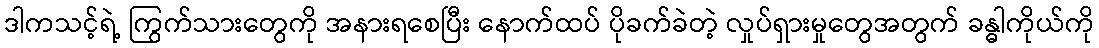
ဒါကသင့်ရဲ့ ကြွက်သားတွေကို အနားရစေပြီး နောက်ထပ် ပိုခက်ခဲတဲ့ လှုပ်ရှားမှုတွေအတွက် ခန္ဓါကိုယ်ကို